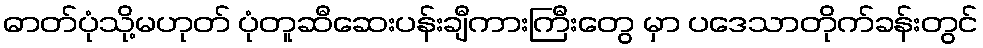
ဓာတ်ပုံသို့မဟုတ် ပုံတူဆီဆေးပန်းချီကားကြီးတွေ မှာ ပဒေသာတိုက်ခန်းတွင်